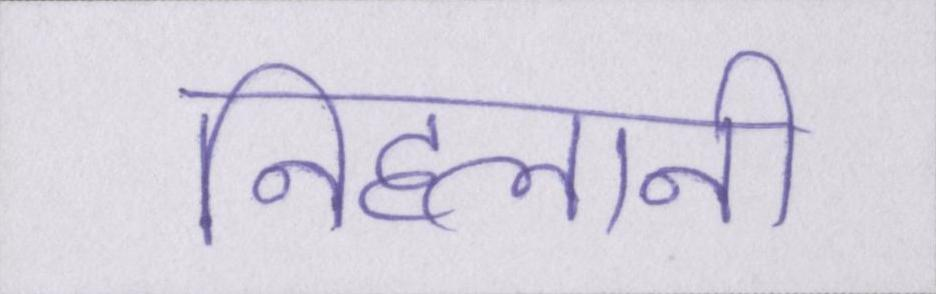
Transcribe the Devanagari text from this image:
निहलानी